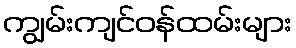
ကျွမ်းကျင်ဝန်ထမ်းများ